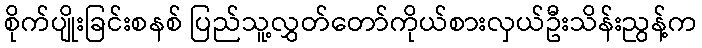
စိုက်ပျိုးခြင်းစနစ် ပြည်သူ့လွှတ်တော်ကိုယ်စားလှယ်ဦးသိန်းညွန့်က